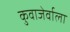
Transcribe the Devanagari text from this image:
कुवाजेर्वाला